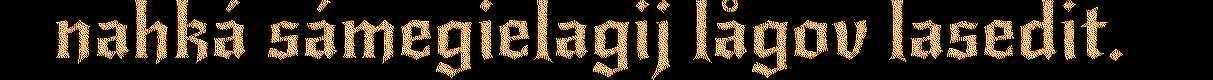
nahká sámegielagij lågov lasedit.